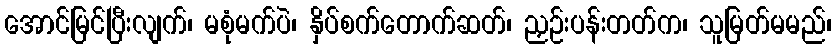
အောင်မြင်ပြီးလျက်၊ မစုံမက်ပဲ၊ နှိပ်စက်တောက်ဆတ်၊ ညှဉ်းပန်းတတ်က၊ သူမြတ်မမည်၊